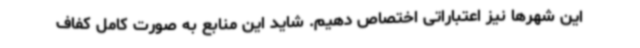
این شهرها نیز اعتباراتی اختصاص دهیم. شاید این منابع به صورت کامل کفاف